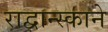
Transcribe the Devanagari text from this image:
राद्वान्स्काने